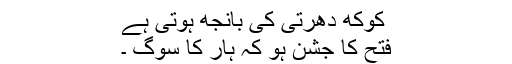
کوکھ دھرتی کی بانجھ ہوتی ہے
فتح کا جشن ہو کہ ہار کا سوگ ۔